Senior Leaving Certificate Examination (including Day School Certificate (Higher) General paper), 1947
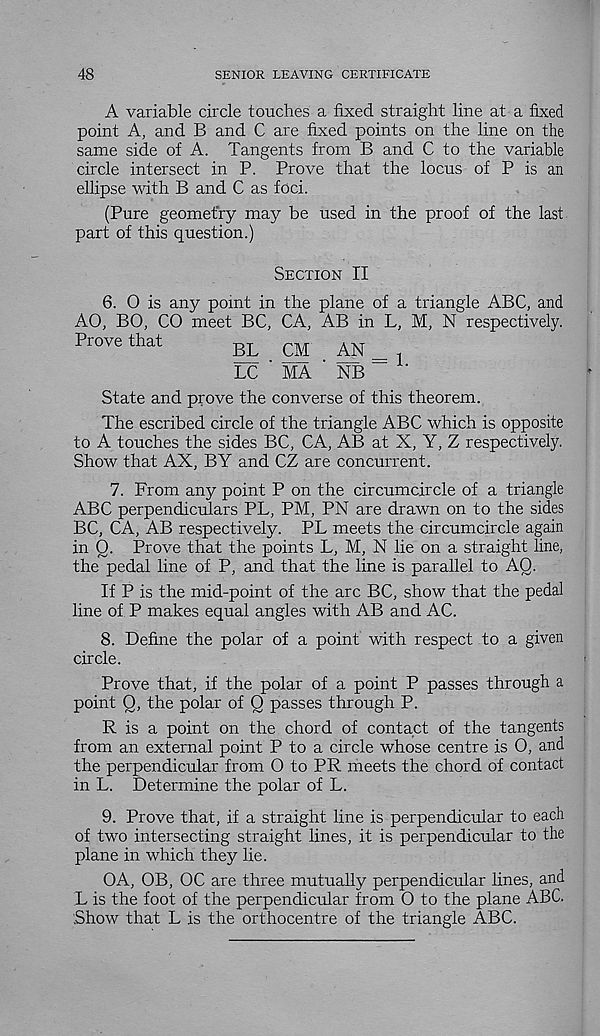
48
SENIOR LEAVING CERTIFICATE
A variable circle touches a fixed straight line at a fixed
point A, and B and C are fixed points on the line on the
same side of A. Tangents from B and C to the variable
circle intersect in P. Prove that the locus of P is an
ellipse with B and C as foci.
(Pure geometry may be used in the proof of the last
part of this question.)
Section II
6. 0 is any point in the plane of a triangle ABC, and
AO, BO, CO meet BC, CA, AB in L, M, N respectively.
Prove that
BL CM
AN =
LC ' MA ' NB
State and prove the converse of this theorem.
The escribed circle of the triangle ABC which is opposite
to A touches the sides BC, CA, AB at X, Y, Z respectively.
Show that AX, BY and CZ are concurrent.
7. From any point P on the circumcircle of a triangle
ABC perpendiculars PL, PM, PN are drawn on to the sides
BC, CA, AB respectively. PL meets the circumcircle again
in Q. Prove that the points L, M, N lie on a straight line,
the pedal line of P, and that the line is parallel to AQ.
If P is the mid-point of the arc BC, show that the pedal
line of P makes equal angles with AB and AC.
8. Define the polar of a point with respect to a given
circle.
Prove that, if the polar of a point P passes through a
point Q, the polar of Q passes through P.
R is a point on the chord of contact of the tangents
from an external point P to a circle whose centre is 0, and
the perpendicular from O to PR meets the chord of contact
in L. Determine the polar of L.
9. Prove that, if a straight line is perpendicular to each
of two intersecting straight lines, it is perpendicular to the
plane in which they lie.
OA, OB, OC are three mutually perpendicular lines, and
L is the foot of the perpendicular from O to the plane ABC.
Show that L is the orthocentre of the triangle ABC.